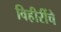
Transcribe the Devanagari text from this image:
विहीरींचे